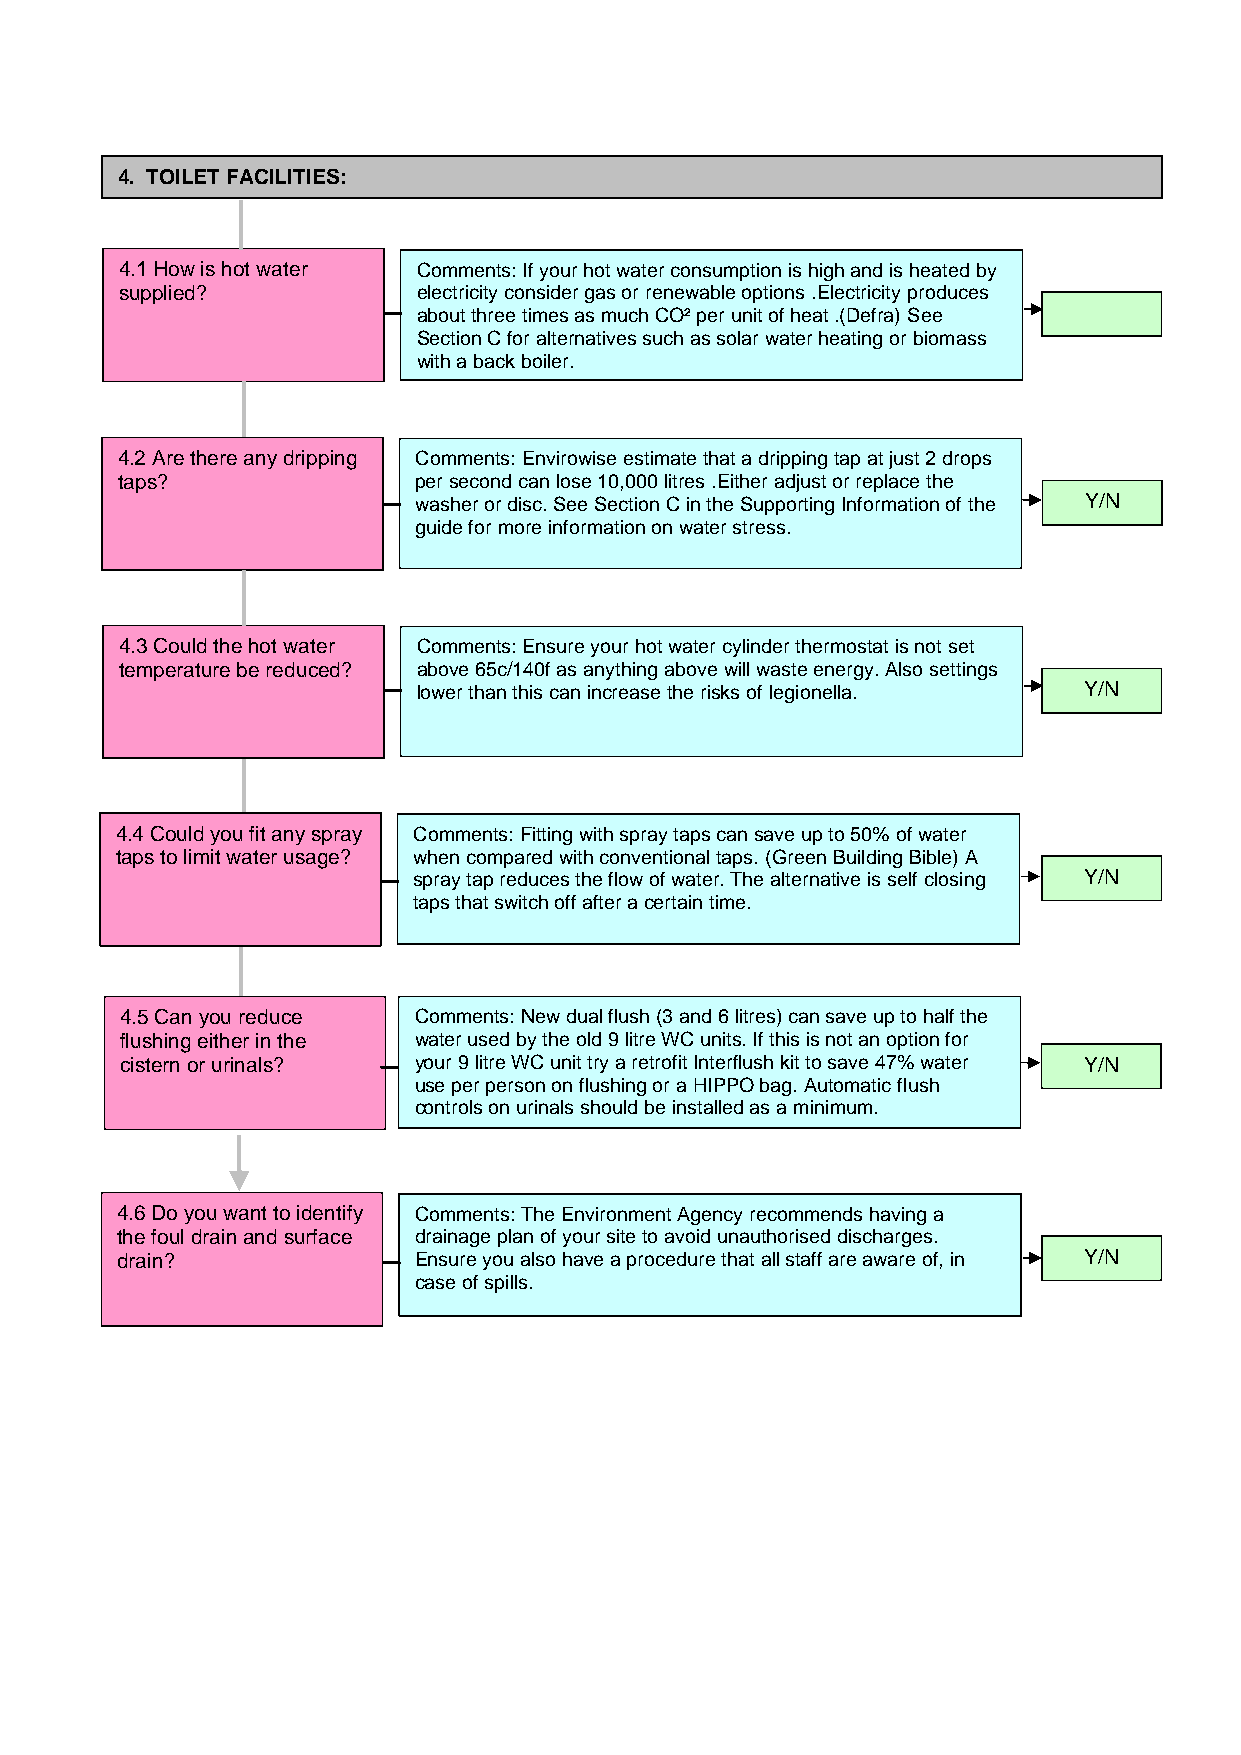
4. TOILET FACILITIES:
 4.1 How is hot water Comments: If your hot water consumption is high and is heated by
 supplied?           electricity consider gas or renewable options .Electricity produces
 about three times as much CO² per unit of heat .(Defra) See
 Section C for alternatives such as solar water heating or biomass
 with a back boiler.
 4.2 Are there any dripping Comments: Envirowise estimate that a dripping tap at just 2 drops
 taps?              per second can lose 10,000 litres .Either adjust or replace the
 washer or disc. See Section C in the Supporting Information of the Y/N
 guide for more information on water stress.
 4.3 Could the hot water Comments: Ensure your hot water cylinder thermostat is not set
 temperature be reduced? above 65c/140f as anything above will waste energy. Also settings
 lower than this can increase the risks of legionella. Y/N
 4.4 Could you fit any spray Comments: Fitting with spray taps can save up to 50% of water
 taps to limit water usage? when compared with conventional taps. (Green Building Bible) A
 spray tap reduces the flow of water. The alternative is self closing Y/N
 taps that switch off after a certain time.
 4.5 Can you reduce Comments: New dual flush (3 and 6 litres) can save up to half the
 flushing either in the water used by the old 9 litre WC units. If this is not an option for
 cistern or urinals? your 9 litre WC unit try a retrofit Interflush kit to save 47% water Y/N
 use per person on flushing or a HIPPO bag. Automatic flush
 controls on urinals should be installed as a minimum.
 4.6 Do you want to identify Comments: The Environment Agency recommends having a
 the foul drain and surface drainage plan of your site to avoid unauthorised discharges.
 drain?             Ensure you also have a procedure that all staff are aware of, in Y/N
 case of spills.
 4